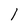
Character: l